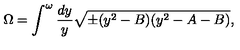
\Omega = \int _ { } ^ { \omega } { \frac { d y } { y } } \sqrt { \pm ( y ^ { 2 } - B ) ( y ^ { 2 } - A - B ) } ,